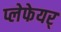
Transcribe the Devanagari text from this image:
प्लेफेयर्